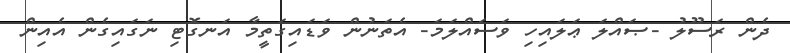
ދެން ރަސޫލު -ޞައްލަ ޢަލައިހި ވަސައްލަމަ- އެތަނުން ވަޑައިގަތީމާ އަނގޮޓި ނަގައިގެން އެއިން